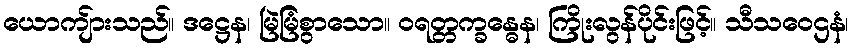
ယောကျ်ားသည်။ ဒဋ္ဌေန၊ မြဲမြံစွာသော။ ဝရတ္တက္ခန္ဓေန၊ ကြိုးလွန်ပိုင်းဖြင့်။ သီသဝေဌနံ၊